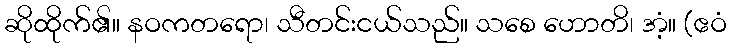
ဆိုထိုက်၏။ နဝကတရော၊ သီတင်းငယ်သည်။ သစေ ဟောတိ၊ အံ့။ (ဧဝံ